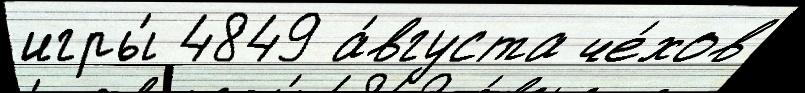
игры́ 4849 а́вгуста че́хов